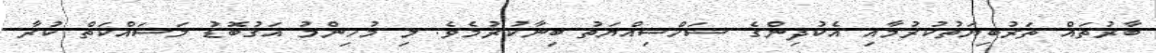
ބާރުތައް ތަރުބިޔަތުކުރުމާއި އެކުދިންގެ ޝަޚްސިއްޔަތު ބިނާކުރުމެވެ. މި މުހިންމު އަގުބޮޑު މަސައްކަތް ކުރާ